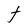
Character: t